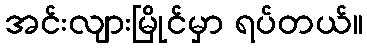
အင်းလျားမြိုင်မှာ ရပ်တယ်။